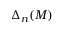
\Delta _ { n } ( M )